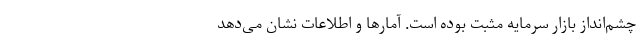
چشم‌انداز بازار سرمایه مثبت بوده است. آمارها و اطلاعات نشان می‌دهد